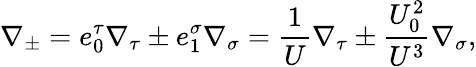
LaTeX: \nabla_{\pm}=e_{0}^{\tau}\nabla_{\tau}\pm e_{1}^{\sigma}\nabla_{\sigma}=\frac{1}{U}\nabla_{\tau}\pm\frac{U_{0}^{2}}{U^{3}}\nabla_{\sigma},